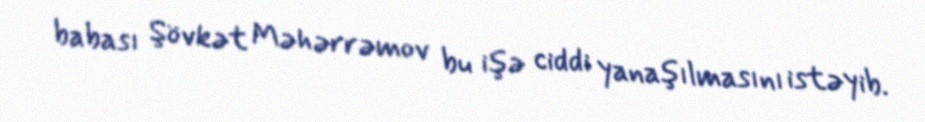
babası Şövkət Məhərrəmov bu işə ciddi yanaşılmasını istəyib.